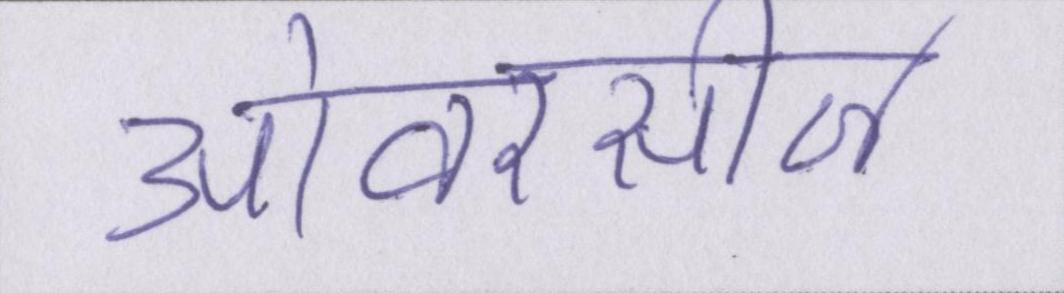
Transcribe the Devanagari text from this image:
ओवरसीज